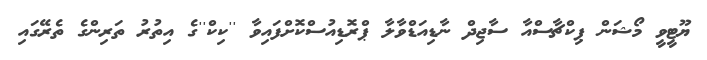
ޔޫޓީވީ މޯޝަން ޕިކްޗާސްއާ ސާޖިދް ނާޑިއަޑްވާލާ ޕްރޮޑިއުސްކޮށްފައިވާ ''ކިކް''ގެ އިތުރު ތަރިންގެ ތެރޭގައި